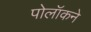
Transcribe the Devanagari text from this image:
पोलॉकने